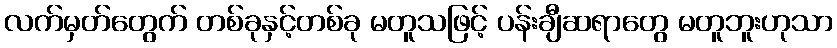
လက်မှတ်တွေက် တစ်ခုနှင့်တစ်ခု မတူသဖြင့် ပန်းချီဆရာတွေ မတူဘူးဟုသာ